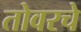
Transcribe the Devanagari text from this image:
तोवरचे